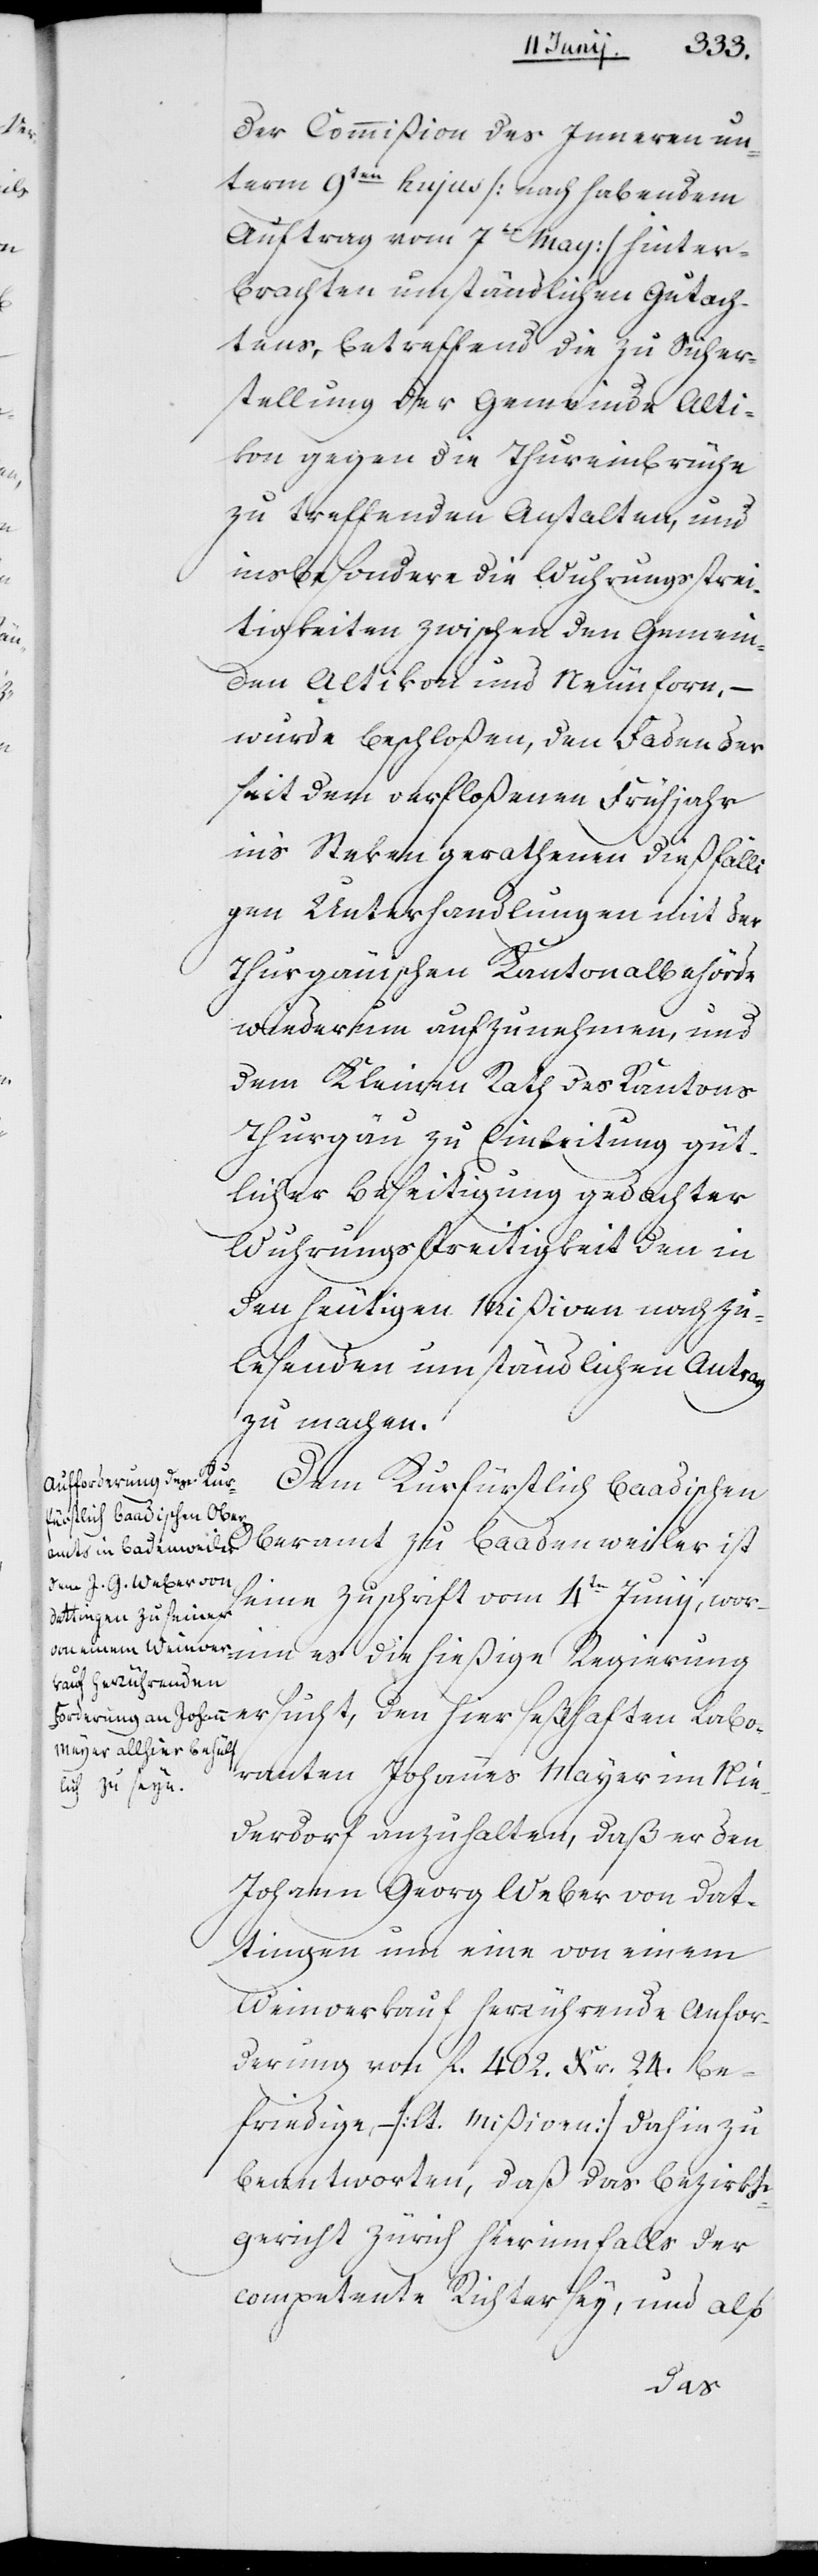
der Kommißion des Innern un¬
term 9ten hujus (nach habendem
Auftrag vom 7ten May) hinter¬
brachten umständlichen Gutach¬
tens, betreffend die zu Sicher¬
stellung der Gemeinde Alti¬
kon gegen die Thureinbrüche
zu treffenden Anstalten, und
insbesondere die Wuhrungsstrei¬
tigkeiten zwischen den Gemein¬
den Altikon und Neunforn, –
wurde beschloßen, den Faden der
seit dem verfloßenen Frühjahr
ins Steken gerathenen dießfälli¬
gen Unterhandlungen mit der
Thugauischen Kantonalbehörde
wiederum aufzunehmen, und
dem Kleinen Rath des Kantons
Thurgau zu Einleitung güt¬
licher Beseitigung gedachter
Wuhrungsstreitigkeit den in
den heutigen Mißiven nachzu¬
lesenden umständlichen Antrag
zu machen.
Dem Kurfürstlich baadischen
Oberamt zu Baadenweiler ist
seine Zuschrift vom 4ten Junij, wor¬
inn es die hießige Regierung
ersucht, den hier seßhaften Labo¬
ranten Johannes Mayer im Nie¬
derdorf anzuhalten, daß er den
Johann Georg Weber von Dat¬
tingen um eine von einem
Weinverkauf herrührende Anfor¬
derung von fl. 402. Kr. 24. be¬
friedige, – (lt. Mißiven) dahin zu
beantworten, daß das Bezirks¬
gericht Zürich hierinnfalls der
competente Richter sey, und also